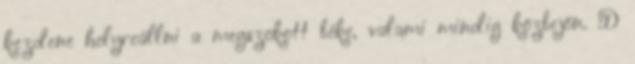
kezdene helyreállni a megszokott béke, valami mindig közbejön. :D